Indian journal of veterinary science and animal husbandry - Volumes 18-21, 1948-1951
Year: 1948
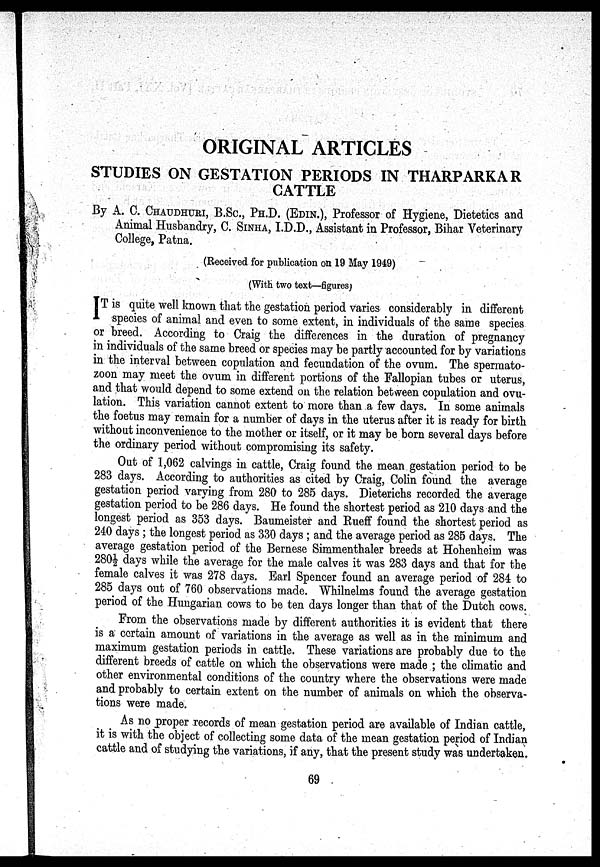
ORIGINAL ARTICLES
STUDIES ON GESTATION PERIODS IN THARPARKAR
CATTLE
By A. C. CHAUDHURI, B.Sc., PH.D. (EDIN.), Professor of Hygiene, Dietetics and
Animal Husbandry, C. SINHA, I.D.D., Assistant in Professor, Bihar Veterinary
College, Patna.
(Received for publication on 19 May 1949)
(With two text—figures)
It is quite well known that the gestation period varies considerably in different
species of animal and even to some extent, in individuals of the same species
or breed. According to Craig the differences in the duration of pregnancy
in individuals of the same breed or species may be partly accounted for by variations
in the interval between copulation and fecundation of the ovum. The spermato-
zoon may meet the ovum in different portions of the Fallopian tubes or uterus,
and that would depend to some extend on the relation between copulation and ovu-
lation. This variation cannot extent to more than a few days. In some animals
the foetus may remain for a number of days in the uterus after it is ready for birth
without inconvenience to the mother or itself, or it may be born several days before
the ordinary period without compromising its safety.
Out of 1,062 calvings in cattle, Craig found the mean gestation period to be
283 days. According to authorities as cited by Craig, Colin found the average
gestation period varying from 280 to 285 days. Dieterichs recorded the average
gestation period to be 286 days. He found the shortest period as 210 days and the
longest period as 353 days. Baumeister and Rueff found the shortest period as
240 days; the longest period as 330 days; and the average period as 285 days. The
average gestation period of the Bernese Simmenthaler breeds at Hohenheim was
280½ days while the average for the male calves it was 283 days and that for the
female calves it was 278 days. Earl Spencer found an average period of 284 to
285 days out of 760 observations made. Whilnelms found the average gestation
period of the Hungarian cows to be ten days longer than that of the Dutch cows.
From the observations made by different authorities it is evident that there
is a certain amount of variations in the average as well as in the minimum and
maximum gestation periods in cattle. These variations are probably due to the
different breeds of cattle on which the observations were made; the climatic and
other environmental conditions of the country where the observations were made
and probably to certain extent on the number of animals on which the observa-
tions were made.
As no proper records of mean gestation period are available of Indian cattle,
it is with the object of collecting some data of the mean gestation period of Indian
cattle and of studying the variations, if any, that the present study was undertaken.
69